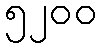
၅၂၀၀